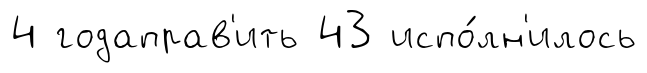
4 годаправ'ить 43 испо́лн'илось